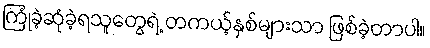
ကြုံခဲ့ဆုံခဲ့ရသူတွေရဲ့ တကယ့်နှစ်များသာ ဖြစ်ခဲ့တာပါ။